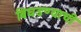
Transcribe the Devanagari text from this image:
बिघडण्याची